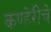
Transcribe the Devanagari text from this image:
कण्हेरीचे